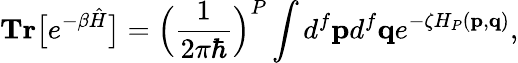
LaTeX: \textbf{Tr}\big[e^{-\beta\hat{H}}\big]=\Big(\frac{1}{2\pi\hbar}\Big)^{P}\int d^{f}\mathbf{p}d^{f}\mathbf{q}e^{-\zeta H_{P}(\mathbf{p},\mathbf{q})},